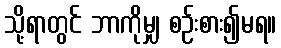
သို့ရာတွင် ဘာကိုမျှ စဉ်းစား၍မရ။